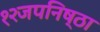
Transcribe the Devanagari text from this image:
१२जपनिष्ठा